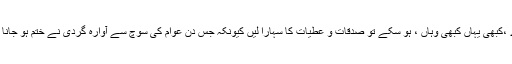
بس دعا کریں عوام کی سوچ اسی طرح آوارہ گردیاں کرتی پھرے ،کبھی یہاں کبھی وہاں ، ہو سکے تو صدقات و عطیات کا سہارا لیں کیونکہ جس دن عوام کی سوچ سے آوارہ گردی نے ختم ہو جانا ہے آپ کی سیاست کی چلتی دکان نے ہمیشہ کیلئے بیٹھ جانا ہے۔